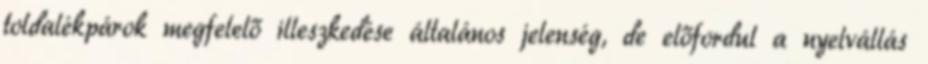
toldalékpárok megfelelő illeszkedése általános jelenség, de előfordul a nyelvállás